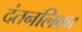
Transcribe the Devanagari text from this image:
दंतनलिका